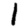
Digit: 1